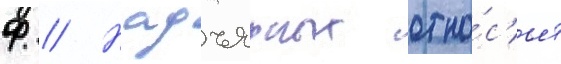
Ф // Надъярных отно́с'ит